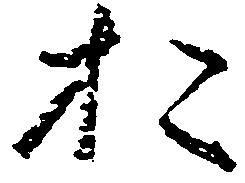
お